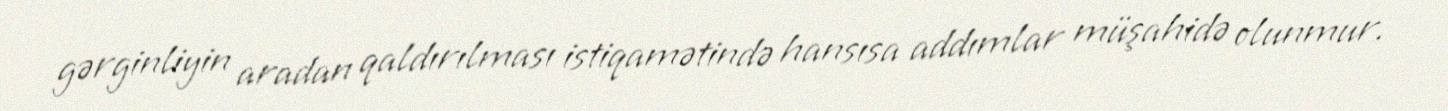
gərginliyin aradan qaldırılması istiqamətində hansısa addımlar müşahidə olunmur.